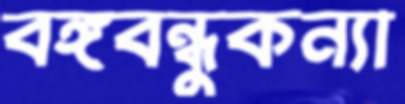
বঙ্গবন্ধুকন্যা